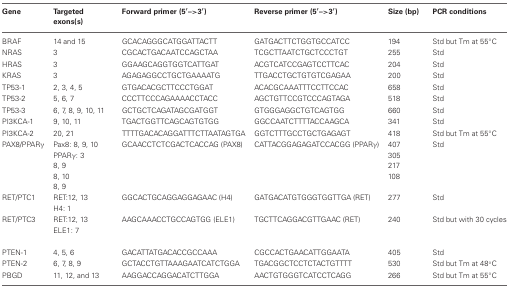
| Gene | Targeted exons(s) | Forward primer (5′ –> 3′) | Reverse primer (5′ –> 3′) | Size (bp) | PCR conditions |
 | --- | --- | --- | --- | --- | --- |
 | BRAF | 14 and 15 | GCACAGGGCATGGATTACTT | GATGACTTCTGGTGCCATCC | 194 | Std but Tm at 55°C |
 | NRAS | 3 | CGCACTGACAATCCAGCTAA | TCGCTTAATCTGCTCCCTGT | 255 | Std |
 | HRAS | 3 | GGAAGCAGGTGGTCATTGAT | ACGTCATCCGAGTCCTTCAC | 204 | Std |
 | KRAS | 3 | AGAGAGGCCTGCTGAAAATG | TTGACCTGCTGTGTCGAGAA | 200 | Std |
 | TP53-1 | 2, 3, 4, 5 | GTGACACGCTTCCCTGGAT | ACACGCAAATTTCCTTCCAC | 658 | Std |
 | TP53-2 | 5, 6, 7 | CCCTTCCCAGAAAACCTACC | AGCTGTTCCGTCCCAGTAGA | 518 | Std |
 | TP53-3 | 6, 7, 8, 9, 10, 11 | GCTGCTCAGATAGCGATGGT | GTGGGAGGCTGTCAGTGG | 660 | Std |
 | PI3KCA-1 | 9, 10, 11 | TGACTGGTTCAGCAGTGTGG | GGCCAATCTTTTACCAAGCA | 341 | Std |
 | PI3KCA-2 | 20, 21 | TTTTGACACAGGATTTCTTAATAGTGA | GGTCTTTGCCTGCTGAGAGT | 418 | Std but Tm at 55°C |
 | PAX8/PPARγ | Pax8: 8, 9, 10 PPARγ: 3 8, 9 8, 10 8, 9 | GCAACCTCTCGACTCACCAG (PAX8) | CATTACGGAGAGATCCACGG (PPARγ) | 407 305 217 108 | Std |
 | RET/PTC1 | RET:12, 13 H4: 1 | GGCACTGCAGGAGGAGAAC (H4) | GATGACATGTGGGTGGTTGA (RET) | 277 | Std |
 | RET/PTC3 | RET:12, 13 ELE1: 7 | AAGCAAACCTGCCAGTGG (ELE1) | TGCTTCAGGACGTTGAAC (RET) | 240 | Std but with 30 cycles |
 | PTEN-1 | 4, 5, 6 | GACATTATGACACCGCCAAA | CGCCACTGAACATTGGAATA | 405 | Std |
 | PTEN-2 | 6, 7, 8, 9 | GCTACCTGTTAAAGAATCATCTGGA | TGACGGCTCCTCTACTGTTTT | 530 | Std but Tm at 48°C |
 | PBGD | 11, 12, and 13 | AAGGACCAGGACATCTTGGA | AACTGTGGGTCATCCTCAGG | 266 | Std but Tm at 55°C |